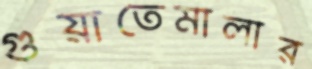
গুয়াতেমালার